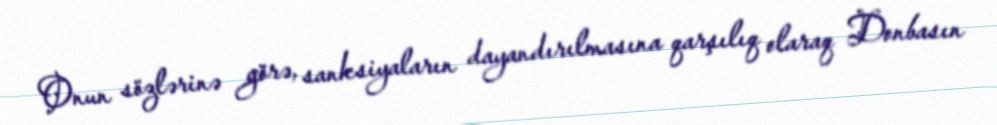
Onun sözlərinə görə, sanksiyaların dayandırılmasına qarşılıq olaraq Donbasın